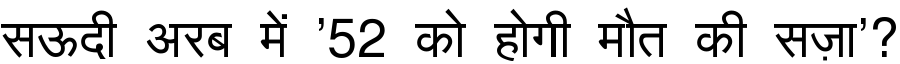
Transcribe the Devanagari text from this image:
सऊदी अरब में '52 को होगी मौत की सज़ा'?